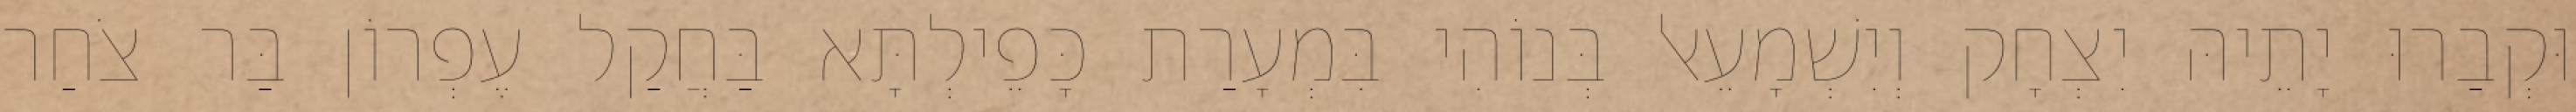
וּקְבַרוּ יָתֵיהּ יִצְחָק וְיִשְׁמָעֵאל בְּנוֹהִי בִּמְעָרַת כָּפֵילְתָּא בַּחֲקַל עֶפְרוֹן בַּר צֹחַר